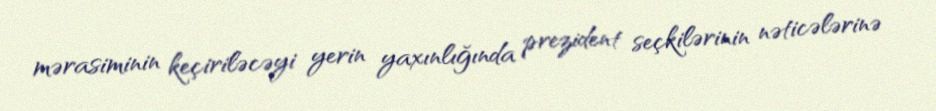
mərasiminin keçiriləcəyi yerin yaxınlığında prezident seçkilərinin nəticələrinə